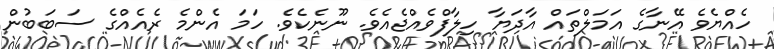
ހެއްޔެވެ އޭނާގެ އަމަލްތައް އާދަޔާ ހިލާފްވެއްޖެއެވެ. ނޫނެކެވެ. ހަމަ އެންމެ ރެއެއްގެ ސަބަބުން